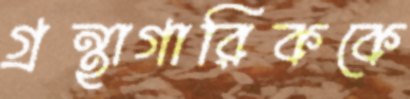
গ্রন্থাগারিককে